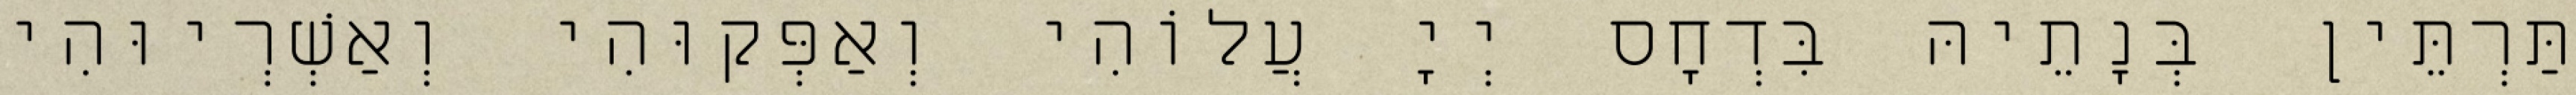
תַּרְתֵּין בְּנָתֵיהּ בִּדְחָס יְיָ עֲלוֹהִי וְאַפְּקוּהִי וְאַשְׁרְיוּהִי